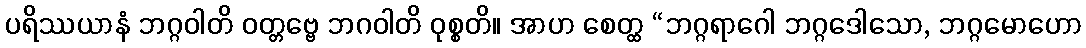
ပရိဿယာနံ ဘဂ္ဂဝါတိ ဝတ္တဗ္ဗေ ဘဂဝါတိ ဝုစ္စတိ။ အာဟ စေတ္ထ “ဘဂ္ဂရာဂေါ ဘဂ္ဂဒေါသော, ဘဂ္ဂမောဟော